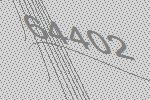
64402